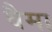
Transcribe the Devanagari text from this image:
वैमा